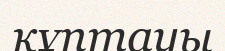
құптауы